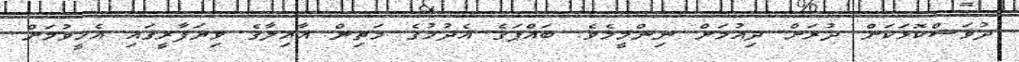
ދުވަސްކޮޅަކަށް ދުރަށް ދިއުމަށް ނިންމީމެވެ. ބައްޕަގެ އެދުމުގެ މަތިން އާއިލާގެ ވިޔަފާރީގައި އެހީވުމަށް